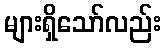
များရှိသော်လည်း